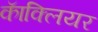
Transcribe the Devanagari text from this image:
काॅक्लियर